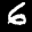
Label: 6